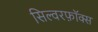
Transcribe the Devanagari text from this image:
सिल्वरफ़ॉक्स